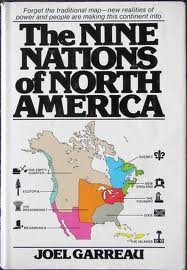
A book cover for The Nine Nations of North America; Joel Garreau; History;